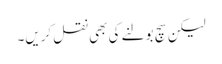
لیکن سچ بولنے کی بھی نقل کریں۔